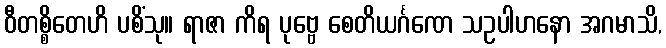
ဝီတစ္စိတေဟိ ပစိံသု။ ရာဇာ ကိရ ပုဗ္ဗေ စေတိယင်္ဂဏေ သဥပါဟနော အဂမာသိ,